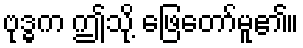
ဗုဒ္ဓက ဤသို့ ဖြေတော်မူ၏။